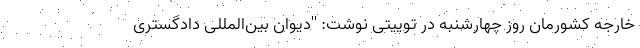
خارجه کشورمان روز چهارشنبه در توییتی نوشت: ''دیوان بین‌المللی دادگستری